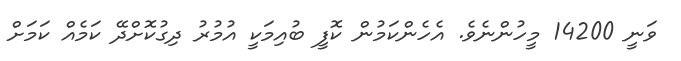
ވަަނީ 14200 މީހުންނެވެ. އެހެންކަމުން ކޮފީ ބުއިމަކީ އުމުރު ދިގުކޮށްދޭ ކަމެއް ކަމަށް